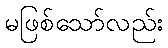
မဖြစ်သော်လည်း